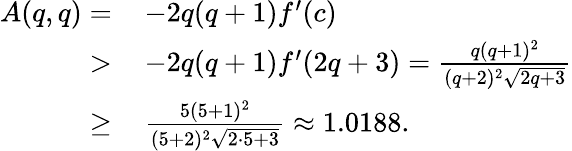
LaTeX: \begin{array}{rl}{A(q,q)=}&{\, -2q(q+1)f^{\prime}(c)}\\ {>}&{\, -2q(q+1)f^{\prime}(2q+3)=\frac{q(q+1)^{2}}{(q+2)^{2}\sqrt{2q+3}}}\\ {\geq}&{\, \frac{5(5+1)^{2}}{(5+2)^{2}\sqrt{2\cdot 5+3}}\approx 1.0188.}\end{array}